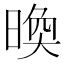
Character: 㬇